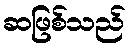
ဆဖြစ်သည်